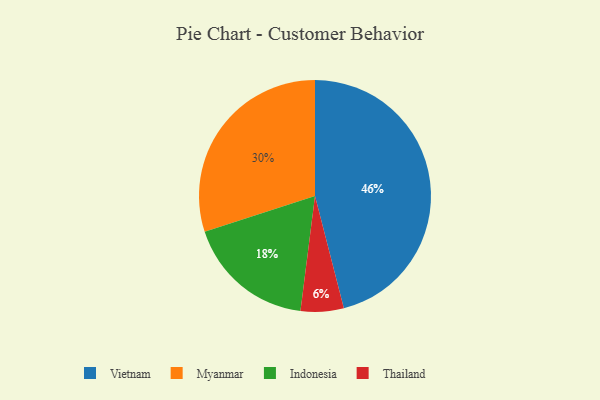
{"axis": {"x": "Category", "y": "Percentage"}, "legend": ["Indonesia", "Myanmar", "Thailand", "Vietnam"], "data": [{"x": "Vietnam", "y": 46, "type": "Vietnam"}, {"x": "Indonesia", "y": 18, "type": "Indonesia"}, {"x": "Thailand", "y": 6, "type": "Thailand"}, {"x": "Myanmar", "y": 30, "type": "Myanmar"}]}